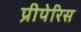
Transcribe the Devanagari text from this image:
प्रीपेरिस